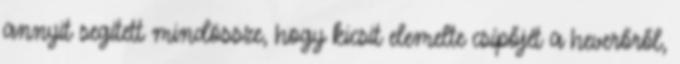
annyit segített mindössze, hogy kicsit elemelte csípőjét a heverőről,